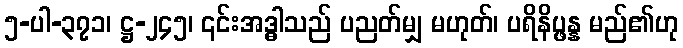
၅-ပါ-၃၇၁၊ ဋ္ဌ-၂၄၅၊ ၎င်းအဒ္ဓါသည် ပညတ်မျှ မဟုတ်၊ ပရိနိပ္ဖန္န မည်၏ဟု